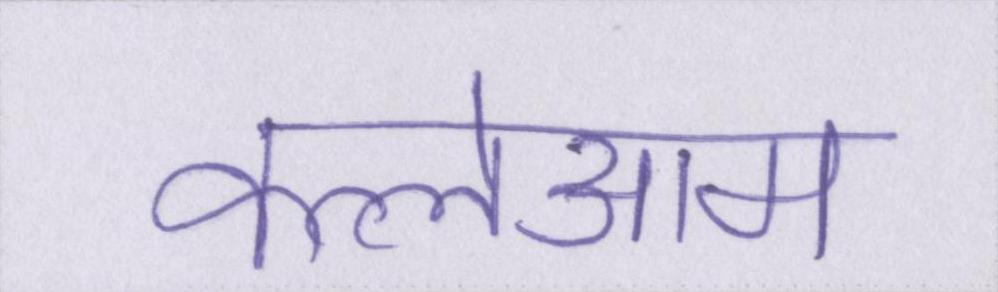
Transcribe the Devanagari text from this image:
कत्लेआम